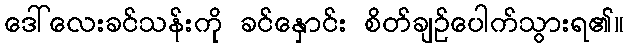
ဒေါ်လေးခင်သန်းကို ခင်နှောင်း စိတ်ချဉ်ပေါက်သွားရ၏။